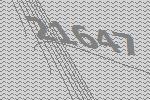
21647